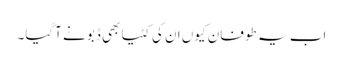
اب یہ طوفان کیوں ان کی کٹیا بھی ڈبونے آگیا۔